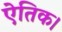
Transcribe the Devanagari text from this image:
ऐतिक।